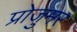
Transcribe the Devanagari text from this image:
प्रोजुमर